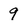
Character: 9